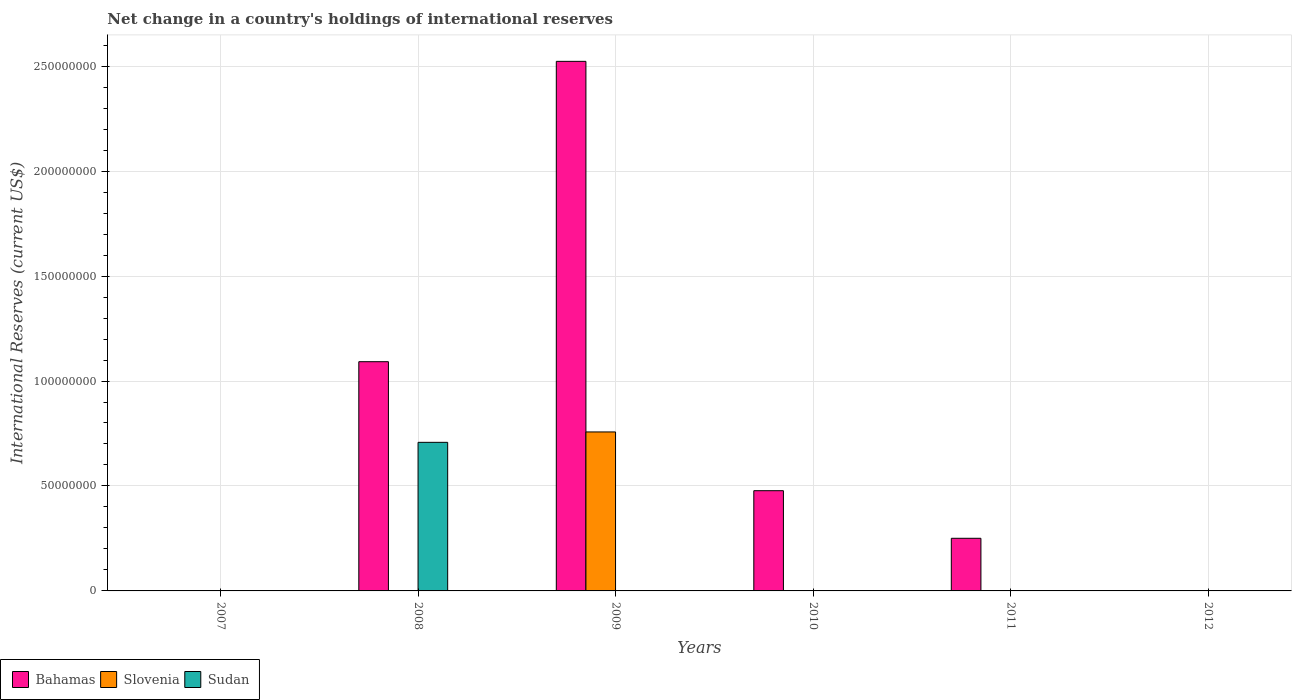
| Years | Bahamas | Slovenia | Sudan |
 | --- | --- | --- | --- |
 | 2007 | -4.63e+07 | -1.99e+08 | -2.45e+08 |
 | 2008 | 1.09e+08 | -3.36e+07 | 7.08e+07 |
 | 2009 | 2.52e+08 | 7.57e+07 | -3.56e+08 |
 | 2010 | 4.78e+07 | -3.11e+07 | -2.55e+07 |
 | 2011 | 2.51e+07 | -1.04e+08 | -6.75e+08 |
 | 2012 | -7.5e+07 | -4.19e+07 | -2.04e+07 |